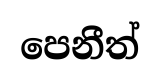
පෙනීත්